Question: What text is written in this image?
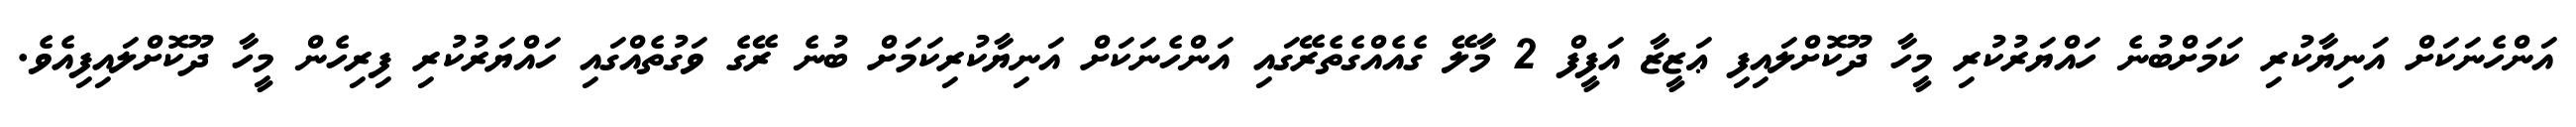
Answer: އަންހެނަކަށް އަނިޔާކުރި ކަމަށްބުނެ ހައްޔަރުކުރި މީހާ ދޫކޮށްލައިފި ޢަޒީޒާ އަފީފް 2 މާލޭ ގެއެއްގެތެރޭގައި އަންހެނަކަށް އަނިޔާކުރިކަމަށް ބުނެ ރޭގެ ވަގުތެއްގައި ހައްޔަރުކުރި ފިރިހެން މީހާ ދޫކޮށްލައިފިއެވެ.